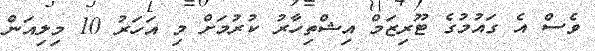
ވެސް އެ ގައުމުގެ ޓޫރިޒަމް އިޝްތިހާރު ކުރުމަށް މި އަހަރު 10 މިލިއަން